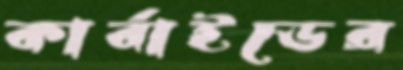
কার্বাইডের